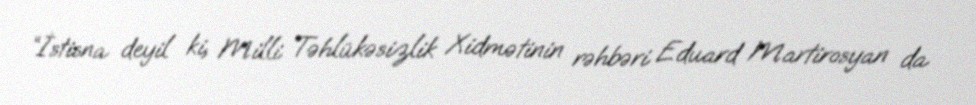
“İstisna deyil ki, Milli Təhlükəsizlik Xidmətinin rəhbəri Eduard Martirosyan da